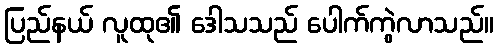
ပြည်နယ် လူထု၏ ဒေါသသည် ပေါက်ကွဲလာသည်။